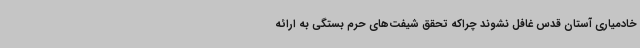
خادمیاری آستان قدس غافل نشوند چراکه تحقق شیفت‌های حرم بستگی به ارائه